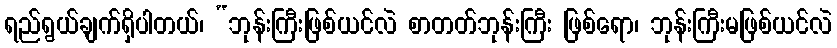
ရည်ရွယ်ချက်ရှိပါတယ်၊ “ဘုန်းကြီးဖြစ်ယင်လဲ စာတတ်ဘုန်းကြီး ဖြစ်ရော၊ ဘုန်းကြီးမဖြစ်ယင်လဲ